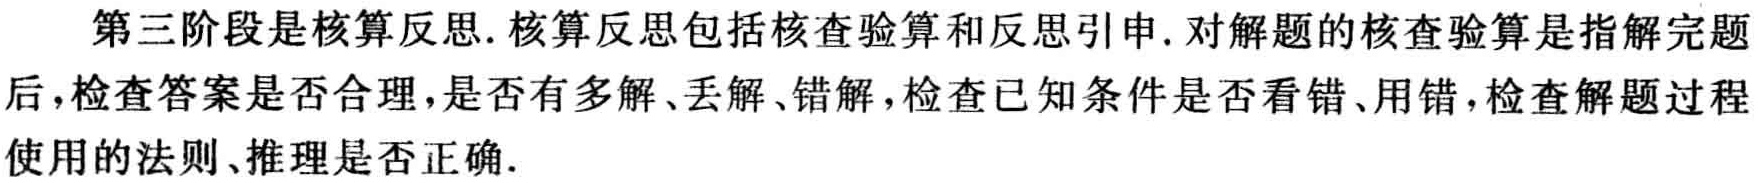
第三阶段是核算反思. 核算反思包括核查验算和反思引申. 对解题的核查验算是指解完题后,检查答案是否合理,是否有多解、丢解、错解,检查已知条件是否看错、用错,检查解题过程使用的法则、推理是否正确.